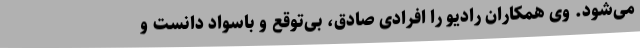
می‌شود. وی همکاران رادیو را افرادی صادق، بی‌توقع و باسواد دانست و